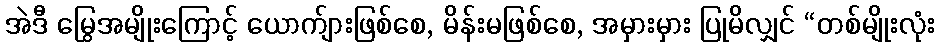
အဲဒီ မြွေအမျိုးကြောင့် ယောက်ျားဖြစ်စေ, မိန်းမဖြစ်စေ, အမှားမှား ပြုမိလျှင် “တစ်မျိုးလုံး